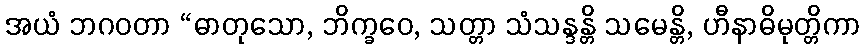
အယံ ဘဂဝတာ “ဓာတုသော, ဘိက္ခဝေ, သတ္တာ သံသန္ဒန္တိ သမေန္တိ, ဟီနာဓိမုတ္တိကာ